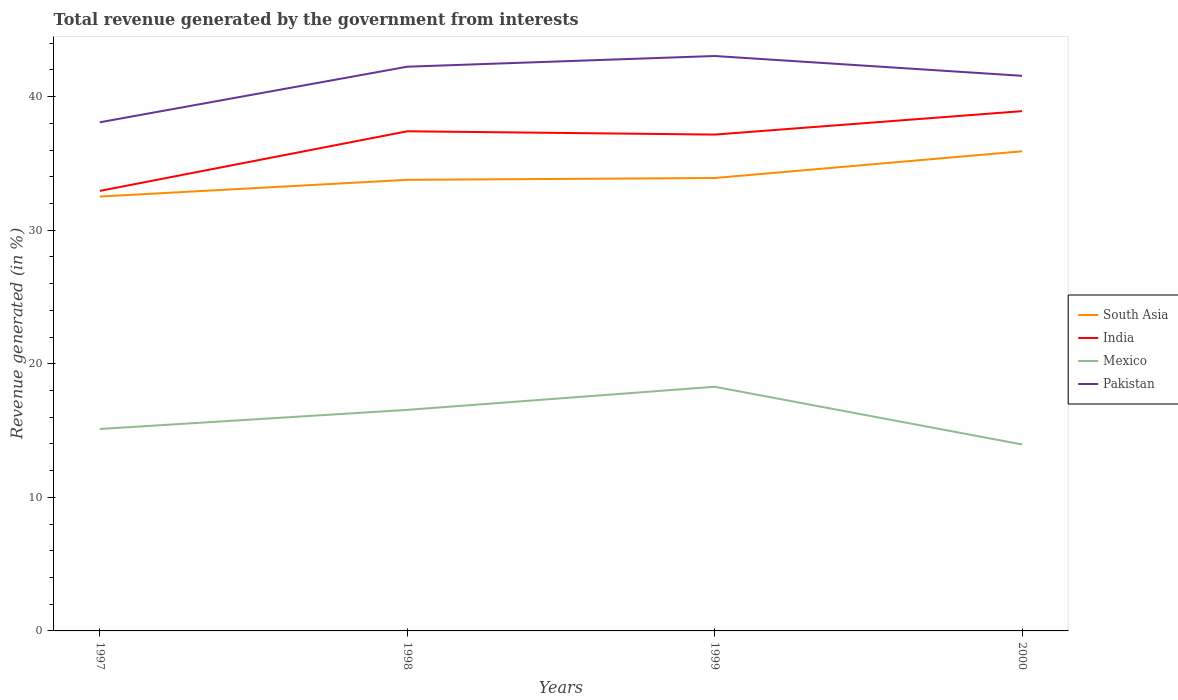
| Years | South Asia | India | Mexico | Pakistan |
 | --- | --- | --- | --- | --- |
 | 1997 | 32.5 | 32.9 | 15.1 | 38.1 |
 | 1998 | 33.8 | 37.4 | 16.5 | 42.2 |
 | 1999 | 33.9 | 37.2 | 18.3 | 43 |
 | 2000 | 35.9 | 38.9 | 14 | 41.6 |